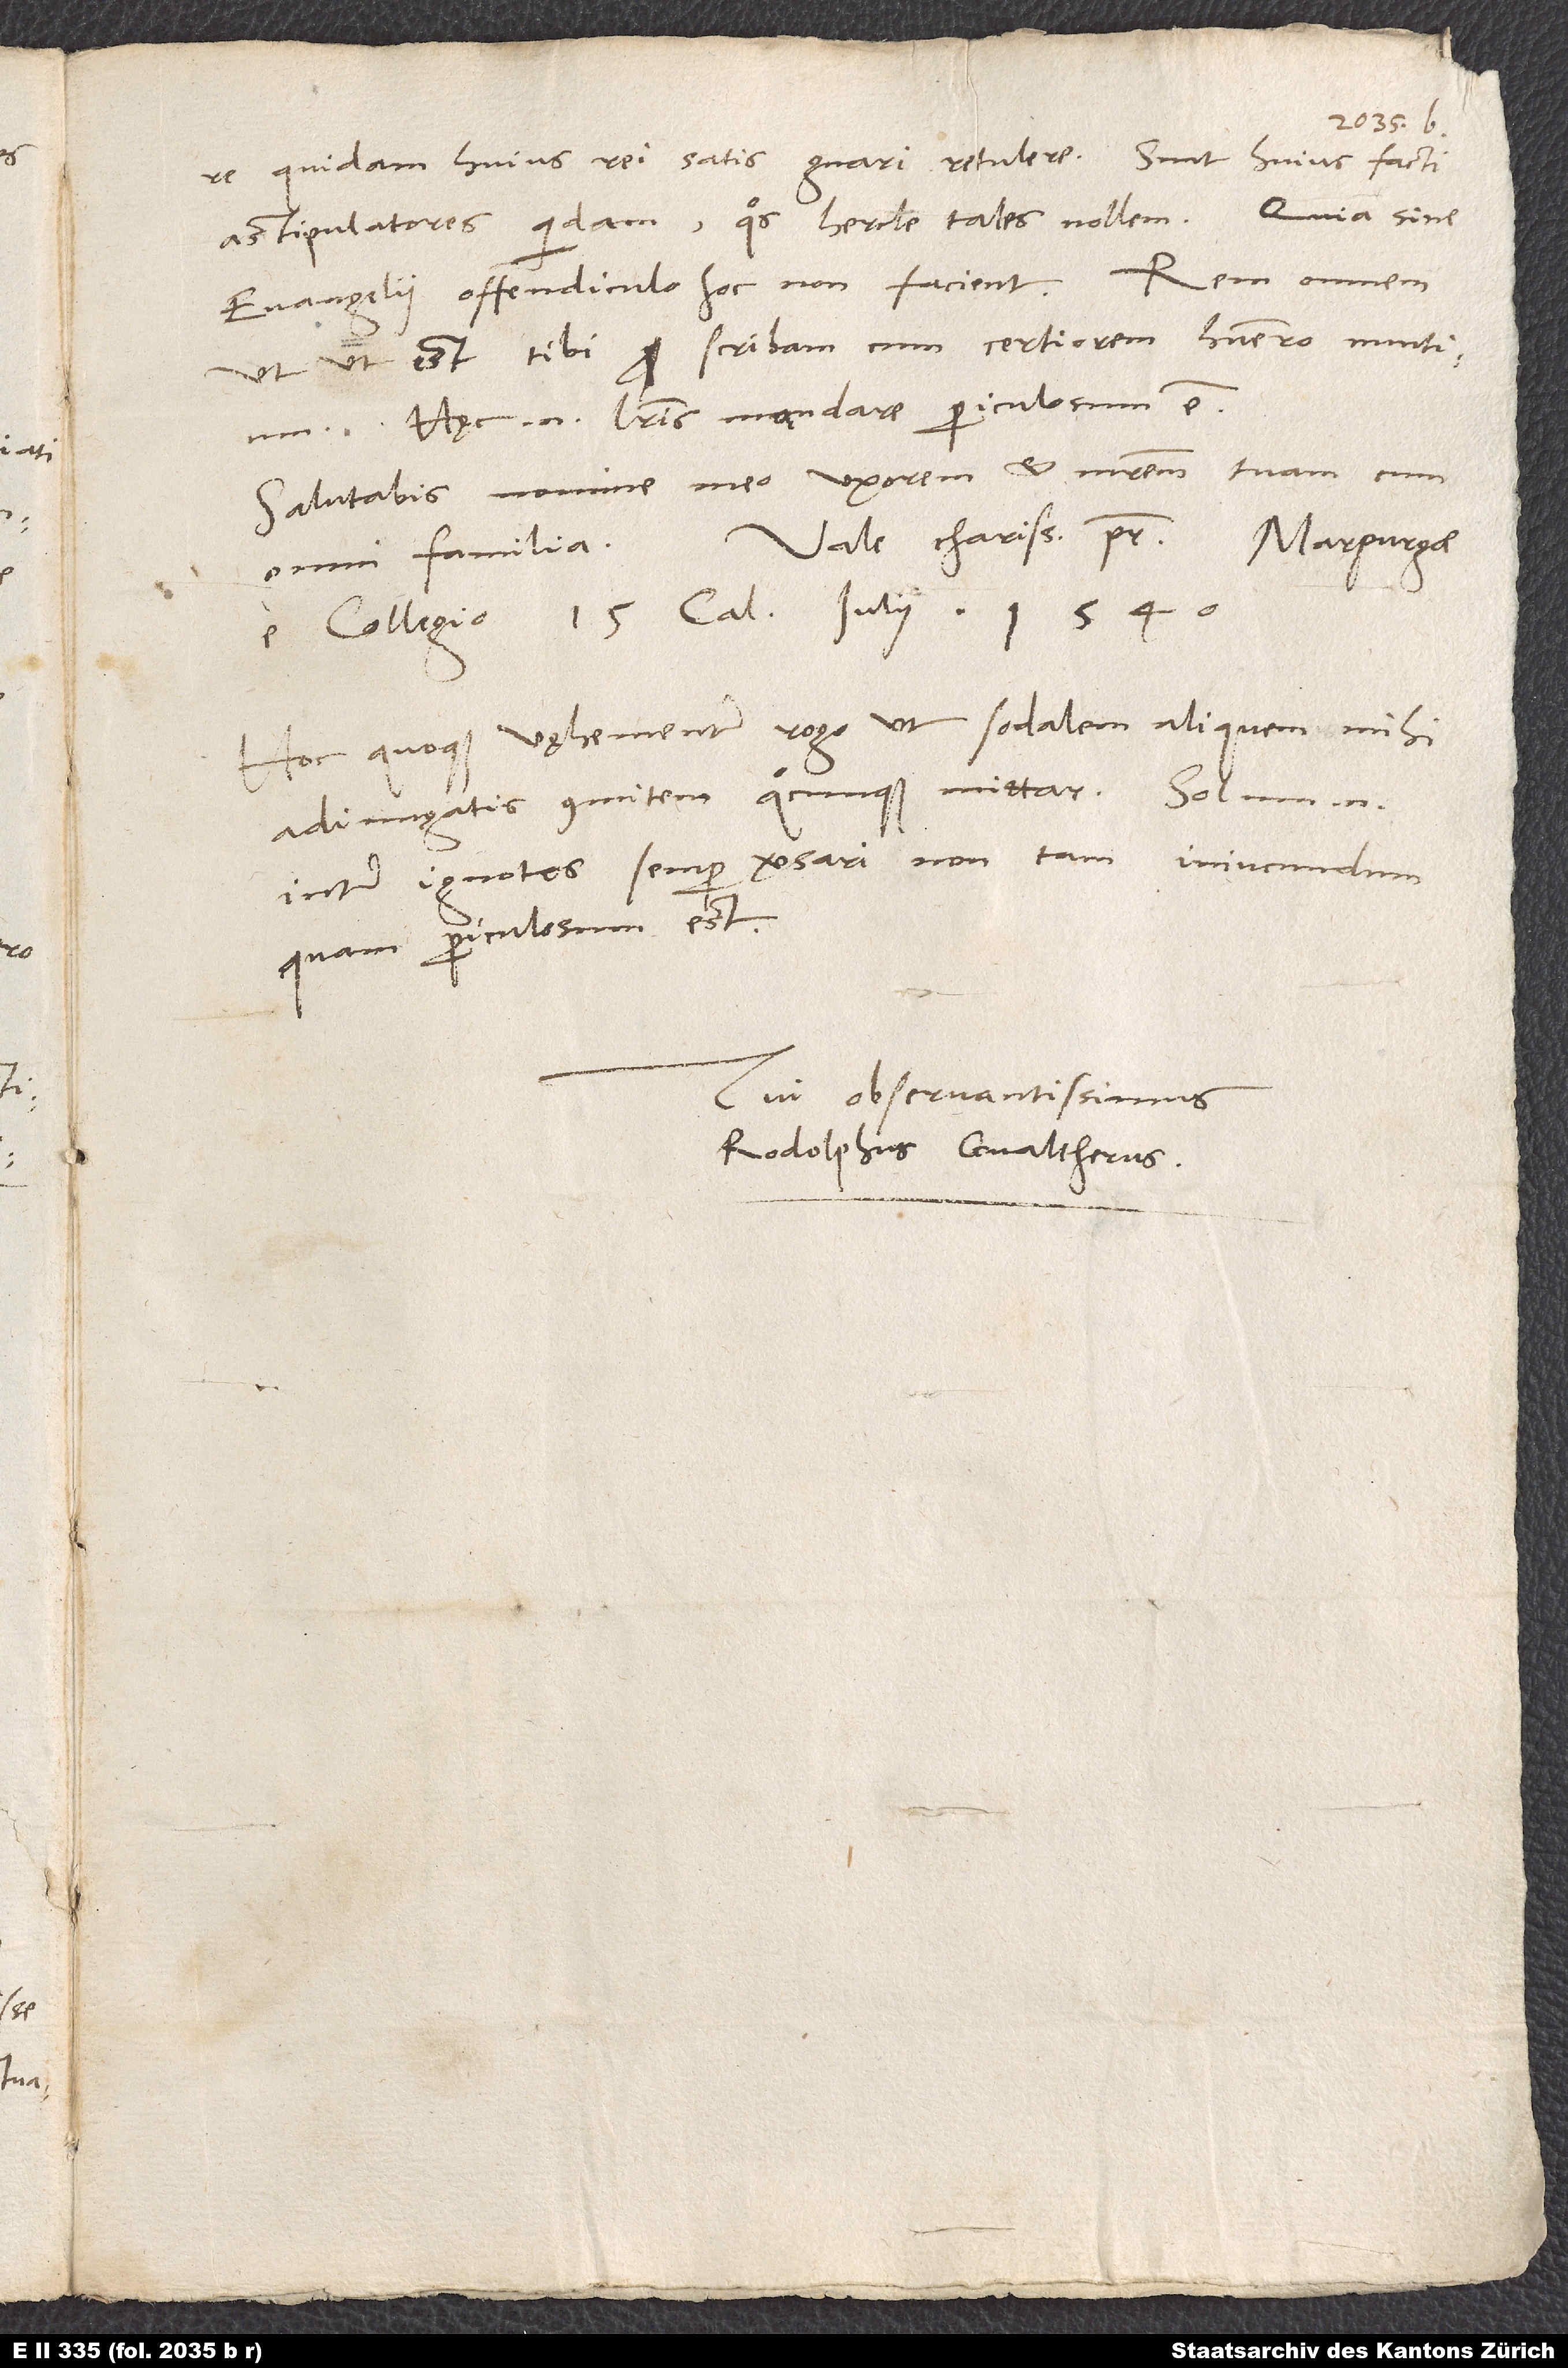
quidam huius rei satis gnari retulere. Sunt huius facti
astipulatores quidam, quos hercle tales nollem, quia sine
evangelii offendiculo hoc non facient. Rem omnem,
ut ut est, tibi scribam, cum certiorem habuero nuntium.
Hęc enim literis mandare periculosum est.
Salutabis nomine meo uxorem et matrem tuam cum
omni familia.
e collegio, 15. calendas iulii 1540.
Hoc quoque vęhementer rogo, ut sodalem aliquem mihi
adiungatis comitem, quocunque mittar. Solum enim
inter ignotos semper versari non tam iniucundum
quam periculosum est.
Tui observantissimus
Rodolphus Gvaltherus.